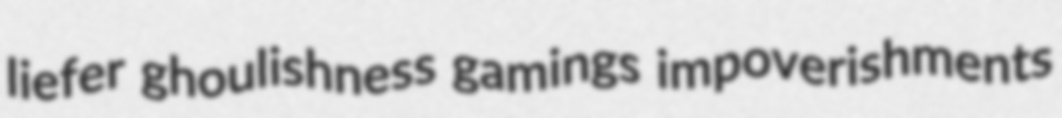
liefer ghoulishness gamings impoverishments